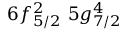
6 f _ { 5 / 2 } ^ { 2 } \, \, 5 g _ { 7 / 2 } ^ { 4 }